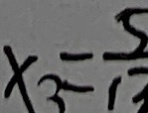
x _ { 3 } = \frac { 5 } { 1 3 }